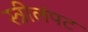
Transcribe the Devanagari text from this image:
स्त्रीलंपट